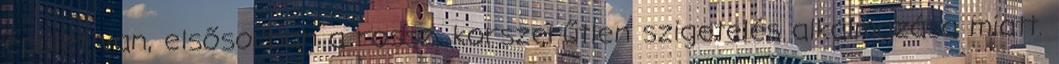
épület van, elsősorban a rossz, korszerűtlen szigetelés alkalmazása miatt.